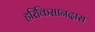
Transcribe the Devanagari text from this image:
हरिकिसानदास